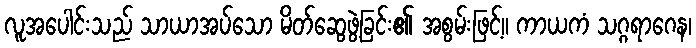
လူအပေါင်းသည် သာယာအပ်သော မိတ်ဆွေဖွဲ့ခြင်း၏ အစွမ်းဖြင့်။ ကာယကံ သဂ္ဂရာဂေန၊